Vaccination in Bombay 1856-1862 - 1856-1862
Year: 1856
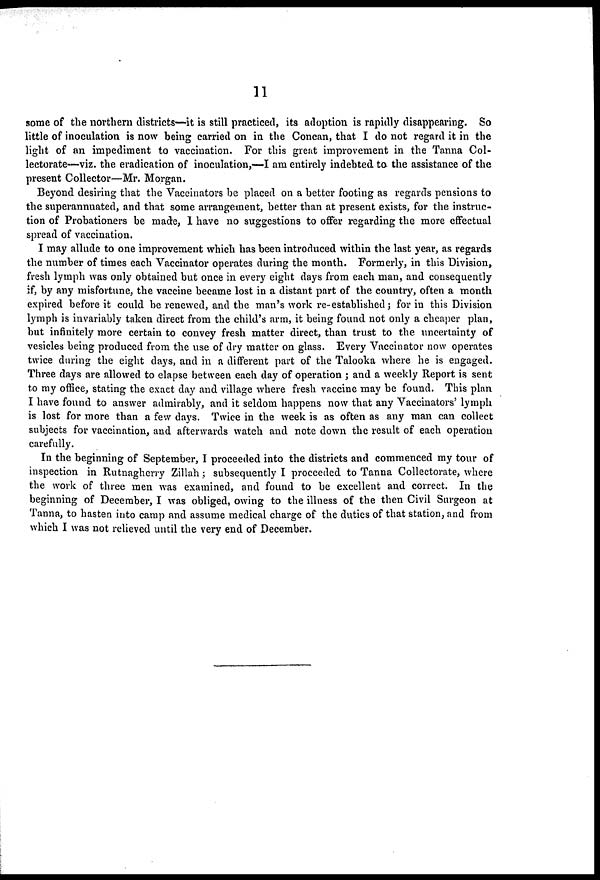
11
some of the northern districts—it is still practiced, its adoption is rapidly disappearing. So
little of inoculation is now being carried on in the Concan, that I do not regard it in the
light of an impediment to vaccination. For this great improvement in the Tanna Col¬
lectorate—viz. the eradication of inoculation,—I am entirely indebted to the assistance of the
present Collector—Mr. Morgan.
Beyond desiring that the Vaccinators be placed on a better footing as regards pensions to
the superannuated, and that some arrangement, better than at present exists, for the instruc-
tion of Probationers be made, I have no suggestions to offer regarding the more effectual
spread of vaccination.
I may allude to one improvement which has been introduced within the last year, as regards
the number of times each Vaccinator operates during the month. Formerly, in this Division,
fresh lymph was only obtained but once in every eight days from each man, and consequently
if, by any misfortune, the vaccine became lost in a distant part of the country, often a month
expired before it could be renewed, and the man's work re-established ; for in this Division
lymph is invariably taken direct from the child's arm, it being found not only a cheaper plan,
but infinitely more certain to convey fresh matter direct, than trust to the uncertainty of
vesicles being produced from the use of dry matter on glass. Every Vaccinator now operates
twice during the eight days, and in a different part of the Talooka where he is engaged.
Three days are allowed to elapse between each day of operation ; and a weekly Report is sent
to my office, stating the exact day and village where fresh vaccine may be found. This plan
I have found to answer admirably, and it seldom happens now that any Vaccinators' lymph
is lost for more than a few days. Twice in the week is as often as any man can collect
subjects for vaccination, and afterwards watch and note down the result of each operation
carefully.
In the beginning of September, I proceeded into the districts and commenced my tour of
inspection in Rutnagherry Zillah ; subsequently I proceeded to Tanna Collectorate, where
the work of three men was examined, and found to be excellent and correct. In the
beginning of December, I was obliged, owing to the illness of the then Civil Surgeon at
Tanna, to hasten into camp and assume medical charge of the duties of that station, and from
which I was not relieved until the very end of December.